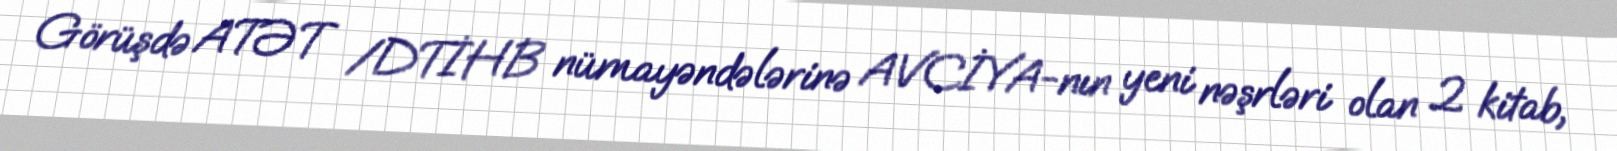
Görüşdə ATƏT /DTİHB nümayəndələrinə AVCİYA-nın yeni nəşrləri olan 2 kitab,